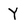
Character: Y